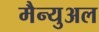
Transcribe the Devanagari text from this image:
मैन्‍युअल